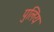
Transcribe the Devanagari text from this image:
पुलिय